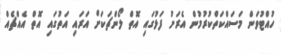
ހުއްޓުވަން މަސައްކަތްކުރުމުން އެރަށު ފަޅުގައި އޮތް ލޯންޗަކަށް އަރައި އަތުގައި އޮތް އެއްޗެއް